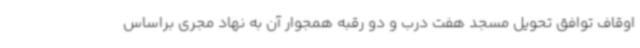
اوقاف توافق تحویل مسجد هفت درب و دو رقبه همجوار آن به نهاد مجری براساس